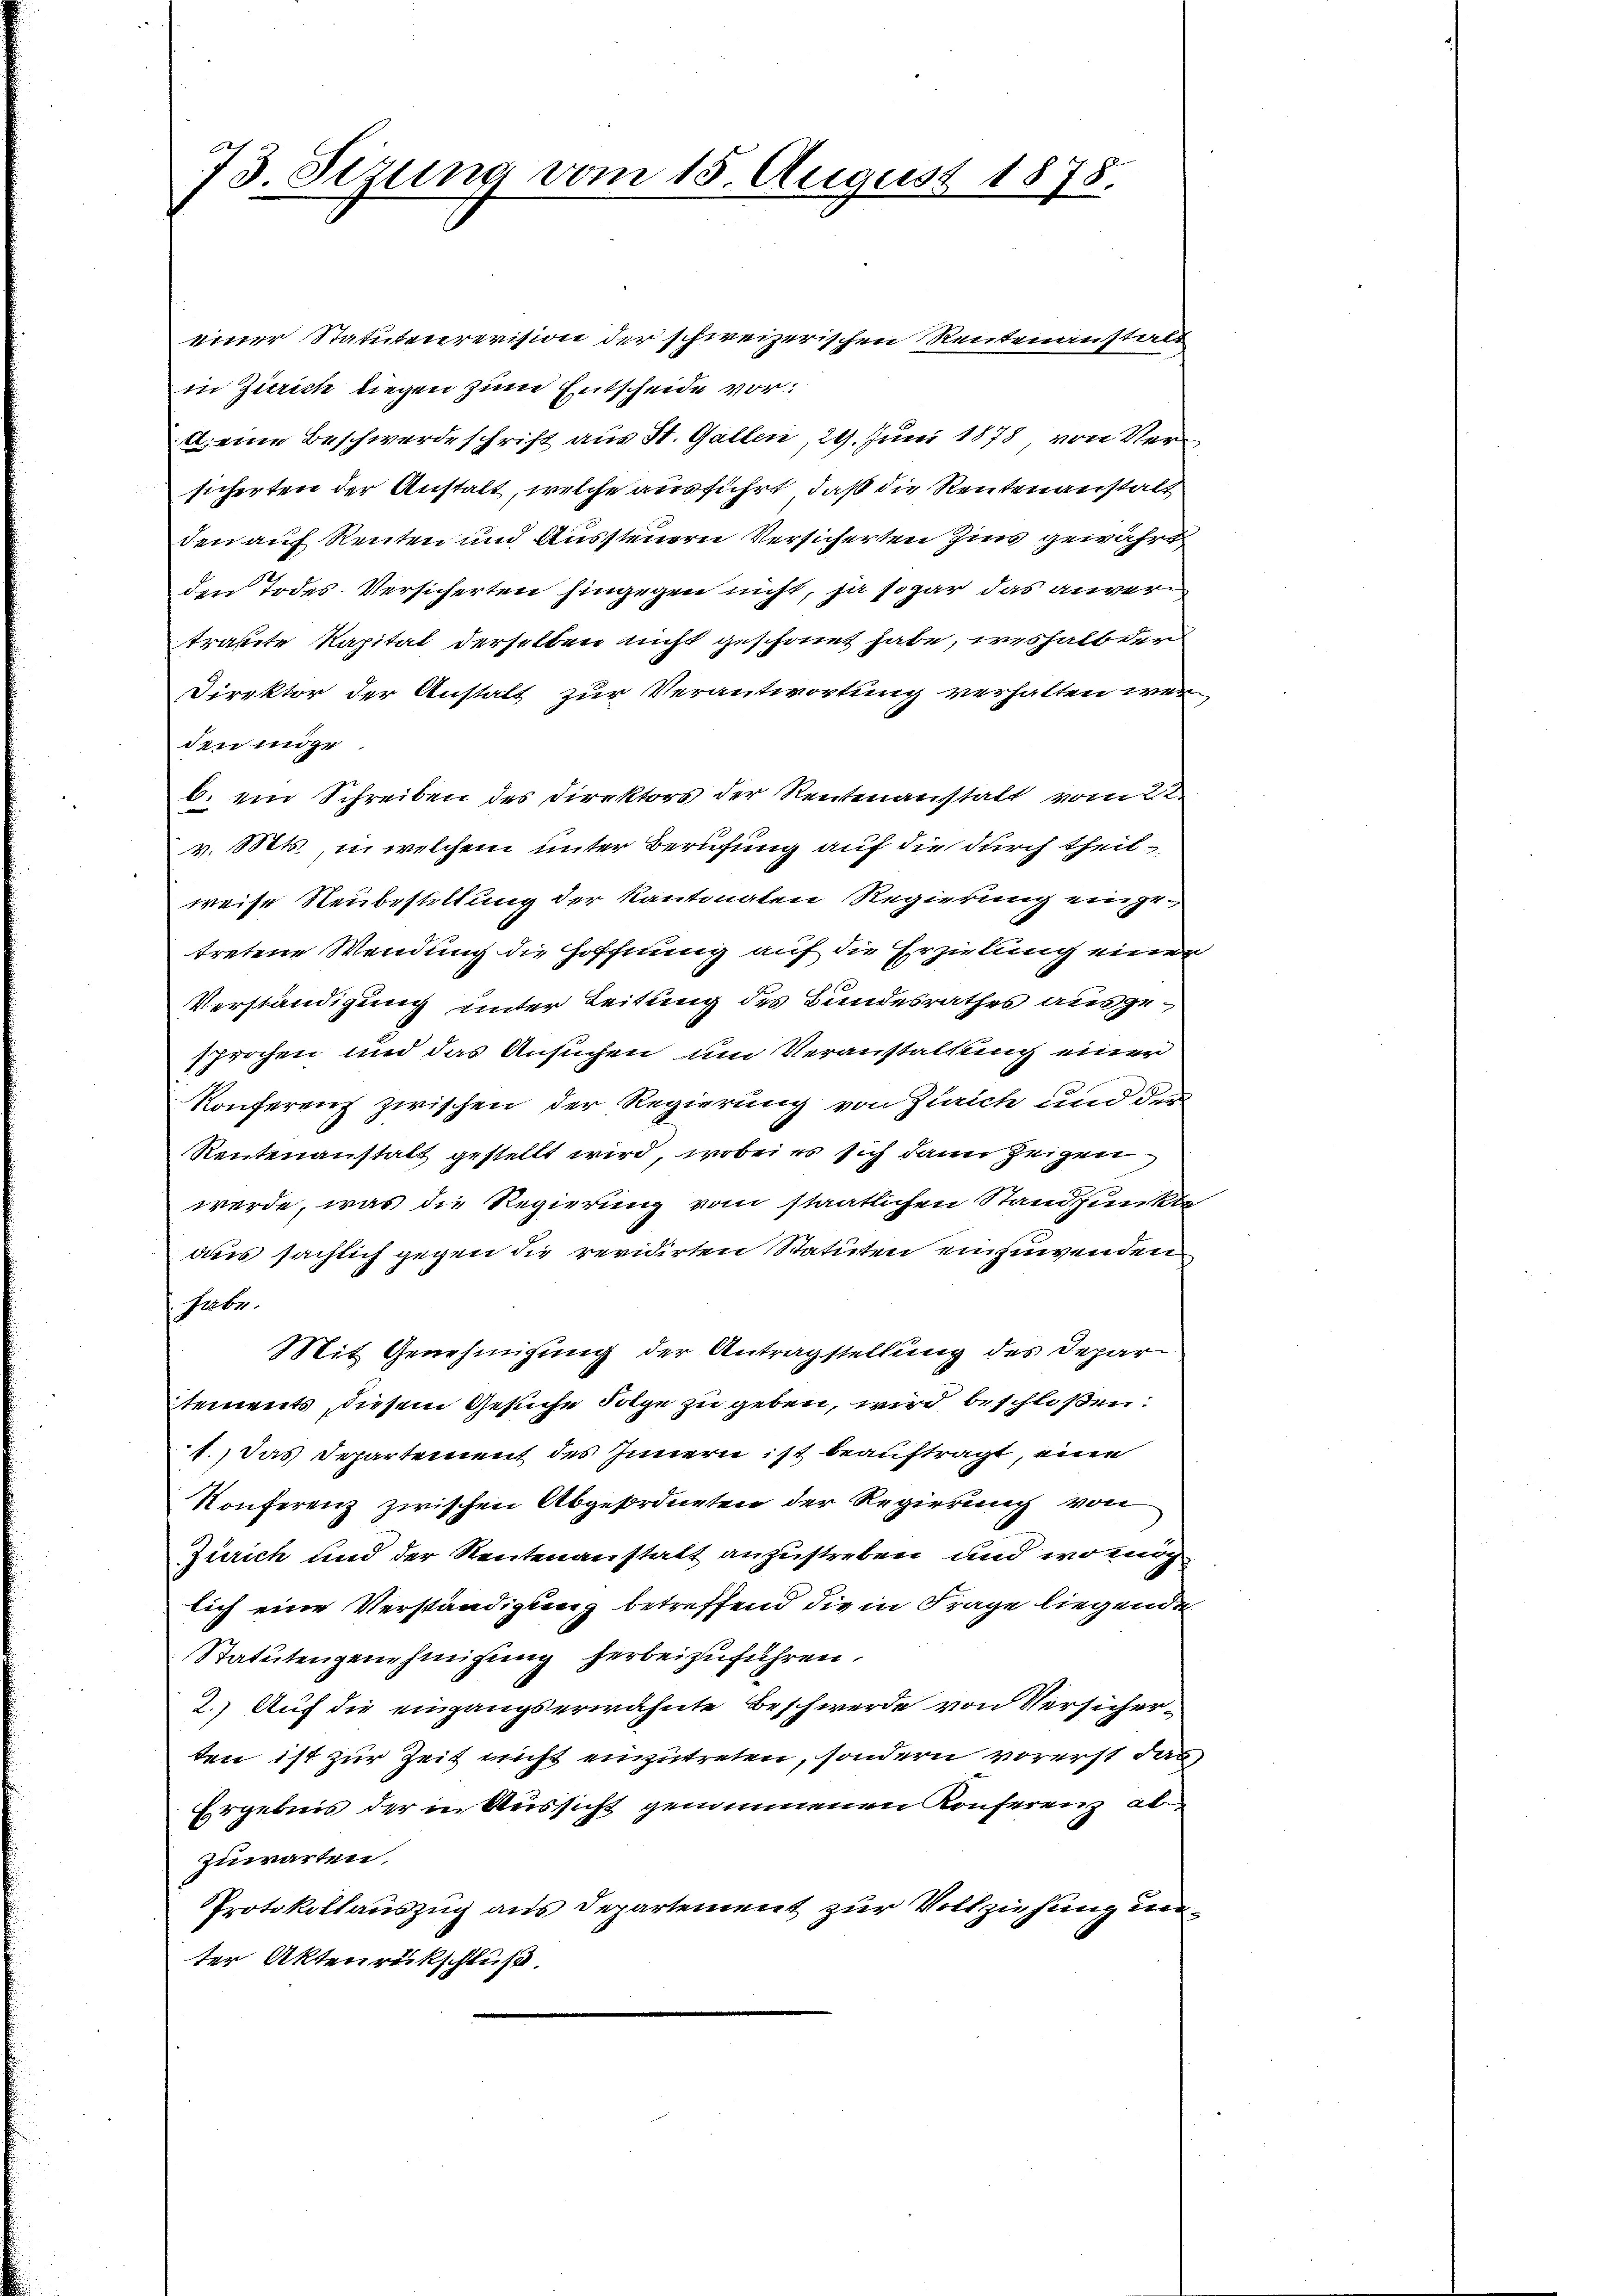
73. Sezung vom 15. August 1878.

einer Statutenrevision der schweizerischen Rentenanstalt
in Zürich liegen zum Entscheide vor
A. eine Beschwerdeschrift aus St. Gallen, 29. Juni 1878 von Versicherten der Anstalt, welche ausführt, daß die Reutenanstalt
den auf Renten und Aussteuern Versicherten Zins gewährt
den Todes-Versicherten hingegen nicht, ja sogar das anvertraute Kapital derselben nicht geschonet habe, weshalb der
Direktor der Anstalt zur Verantwortung verhalten werden möge
b. ein Schreiben des Direktors der Rentenanstalt vom 22.
v. Mts., u. welchem unter Berufung auf die durch theilweise Neubestellung der Kantonalen Regierung eingetretene Wendung die Hoffnung auf die Erzielung einer
Verständigung unter Leitung des Bundesrathes ausgesprochen und das Ansuchen um Veranstaltung einer
Konferenz zwischen der Regierung von Zürich und der
Reutenanstalt gestellt wird, wobei es sich dann zeigen
werde, was die Regierung vom staatlichen Standpunkte
aus sächlich gegen die revidirten Statuten einzuwenden
habe.
Mit Genehmigung der Antragstellung des Depar
tements, diesem Gesuche Folge zu geben, wird beschloßen:
1.) Das Departement des Innern ist beauftragt, eine
Konferenz zwischen Abgeordneten der Regierung von
Zürich und der Rentenanstalt anzustreben und wo mög
lich eine Verständigung betreffend die in Frage liegende
Statutengenehmigung herbeizuführen.
2.) Auf die eingangserwähnte Beschwerde von Versicherten ist zur Zeit nicht einzutreten, sondern vorerst das
Ergebnis der in Aussicht genommenen Konferenz ab
zuwarten.
Protokollauszug aus Departement zur Vollziehung unter Aktenrückschluß.